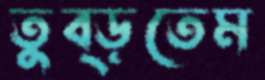
তুব্‌ড়তেম